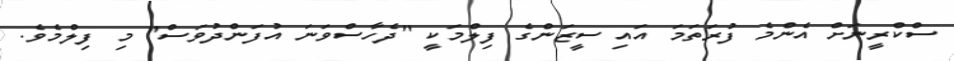
ސްކްރީނަށް އެންމެ ފުރަތަމަ އައި ސީޒަންގެ ފިލްމަކީ "ދެހާސްވަނަ އުފަންދުވަސް" މި ފިލްމެވެ.